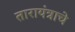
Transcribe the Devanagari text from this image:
तारायंत्राचे